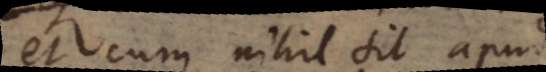
et cum nihil sit apud